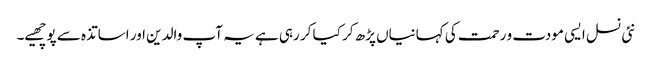
نئی نسل ایسی مودت و رحمت کی کہانیاں پڑھ کر کیا کر رہی ہے یہ آپ والدین اور اساتذہ سے پوچھیے۔